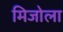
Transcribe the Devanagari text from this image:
मिजोला